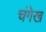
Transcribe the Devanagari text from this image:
चंगेख